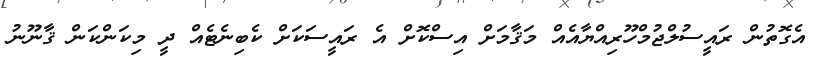
އެގޮތުން ރައީސުލްޖުމްހޫރިއްޔާއެއް މަޤާމަށް އިސްކޮށް އެ ރައީސަކަށް ކެބިނެޓެއް ދީ މިކަންކަން ޤާނޫނު